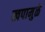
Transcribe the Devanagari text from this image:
खपामुळे